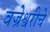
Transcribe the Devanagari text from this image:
वज्रेश्वरीचे